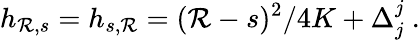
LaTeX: h_{\mathcal{R},s}=h_{s,\mathcal{R}}=(\mathcal{R}-s)^{2}/4K+\Delta_{j}^{j}{}~.